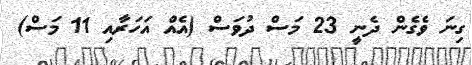
ގިނަ ވެގެން ދެނީ 23 މަސް ދުވަސް (އެއް އަހަރާއި 11 މަސް)